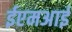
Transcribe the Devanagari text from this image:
ईएमअाई